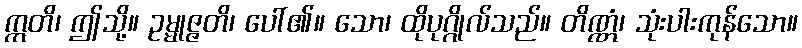
ဣတိ၊ ဤသို့။ ဥမ္မုဇ္ဇတိ၊ ပေါ်၏။ သော၊ ထိုပုဂ္ဂိုလ်သည်။ တိဏ္ဏံ၊ သုံးပါးကုန်သော။